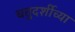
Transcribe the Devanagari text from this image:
चतुदर्शीच्या